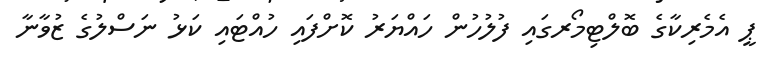
ޕީ އެމެރިކާގެ ބޮލްޓިމޯރގައި ފުލުހުން ހައްޔަރު ކޮށްފައި ހުއްޓައި ކަޅު ނަސްލުގެ ޒުވާނާ